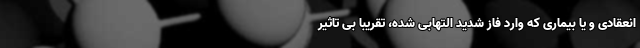
انعقادی و یا بیماری که وارد فاز شدید التهابی شده، تقریبا بی تاثیر